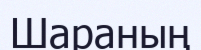
Шараның